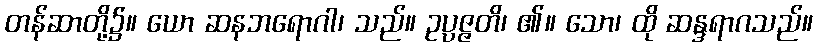
တန်ဆာတို့၌။ ယော ဆနဘရောဂါ၊ သည်။ ဥပ္ပဇ္ဇတိ၊ ၏။ သော၊ ထို ဆန္ဒရာဂသည်။